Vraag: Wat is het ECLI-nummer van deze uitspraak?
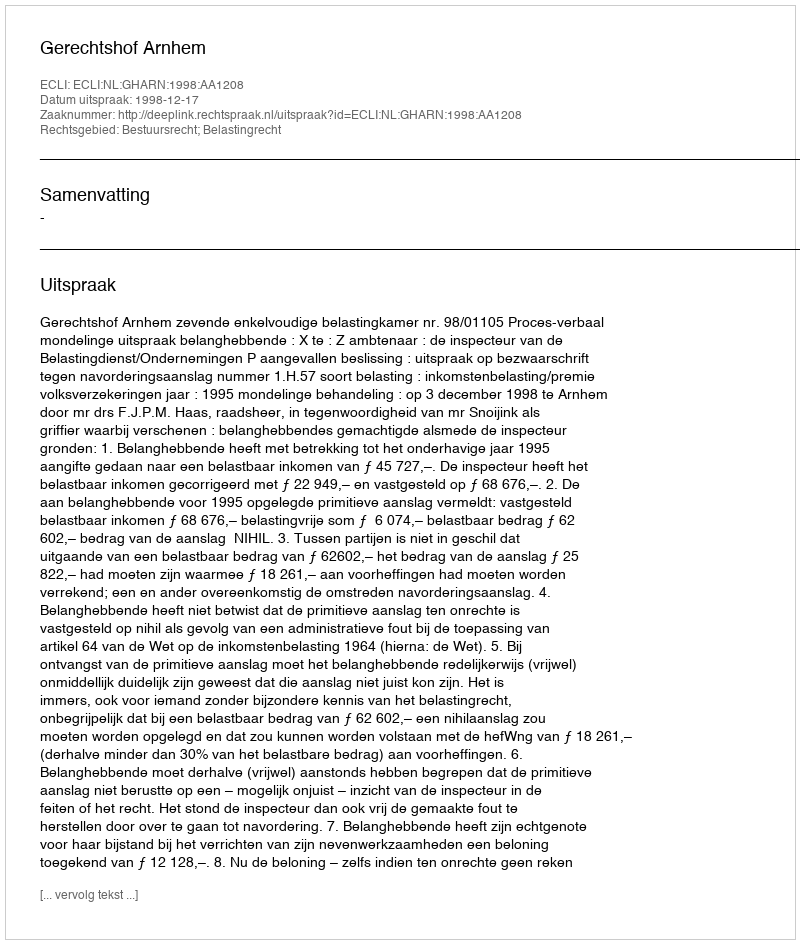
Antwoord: ECLI:NL:GHARN:1998:AA1208